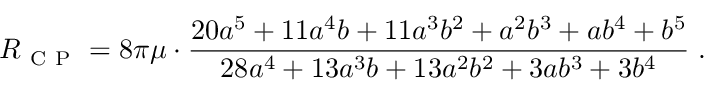
R _ { \mathrm { ~ C ~ P ~ } } = 8 \pi \mu \cdot \frac { 2 0 a ^ { 5 } + 1 1 a ^ { 4 } b + 1 1 a ^ { 3 } b ^ { 2 } + a ^ { 2 } b ^ { 3 } + a b ^ { 4 } + b ^ { 5 } } { 2 8 a ^ { 4 } + 1 3 a ^ { 3 } b + 1 3 a ^ { 2 } b ^ { 2 } + 3 a b ^ { 3 } + 3 b ^ { 4 } } \; .